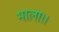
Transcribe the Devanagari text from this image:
भाला।।